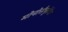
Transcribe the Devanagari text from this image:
मोनोसैचुरेटेड